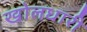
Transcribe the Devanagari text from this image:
खोलधारी